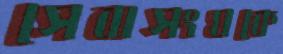
সেবাসংঘকে